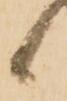
候